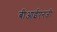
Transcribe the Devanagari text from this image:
बीआईएनजी